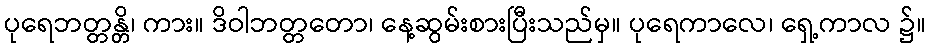
ပုရေဘတ္တန္တိ၊ ကား။ ဒိဝါဘတ္တတော၊ နေ့ဆွမ်းစားပြီးသည်မှ။ ပုရေကာလေ၊ ရှေ့ကာလ ၌။